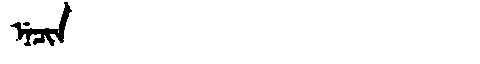
Manchu: ᠨᡝᠴᡳᠨ
Romanization: NECIN